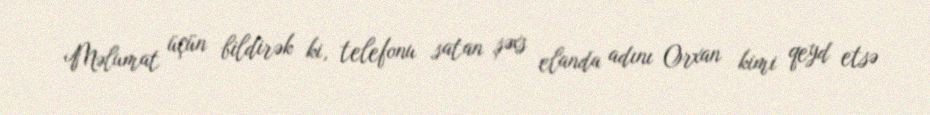
Məlumat üçün bildirək ki, telefonu satan şəxs elanda adını Orxan kimi qeyd etsə